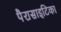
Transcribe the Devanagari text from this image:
पैरासाइटिका